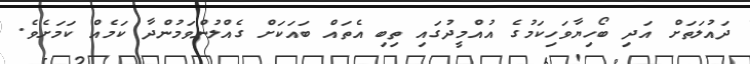
ދައުލަތަށް އަދި ބޯހިޔާވަހިކަމުގެ އުއްމީދުގައި ތިބި އެތައް ބައަކަށް ގެއްލުންވަމުންދާ ކަމެއް ކަމަށެވެ.